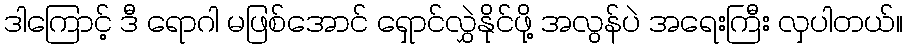
ဒါကြောင့် ဒီ ရောဂါ မဖြစ်အောင် ရှောင်လွှဲနိုင်ဖို့ အလွန်ပဲ အရေးကြီး လှပါတယ်။